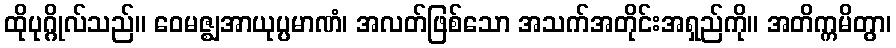
ထိုပုဂ္ဂိုလ်သည်။ ဝေမဇ္ဈအာယုပ္ပမာဏံ၊ အလတ်ဖြစ်သော အသက်အတိုင်းအရှည်ကို။ အတိက္ကမိတွာ၊